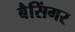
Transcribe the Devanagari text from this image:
बैसिंगर